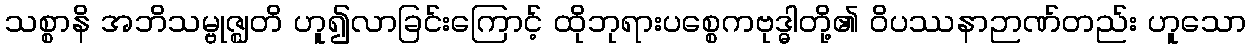
သစ္စာနိ အဘိသမ္ဗုဇ္ဈတိ ဟူ၍လာခြင်းကြောင့် ထိုဘုရားပစ္စေကဗုဒ္ဓါတို့၏ ဝိပဿနာဉာဏ်တည်း ဟူသော